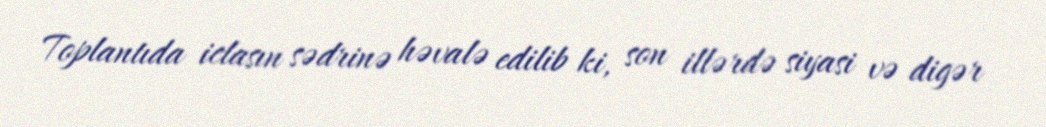
Toplantıda iclasın sədrinə həvalə edilib ki, son illərdə siyasi və digər